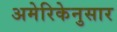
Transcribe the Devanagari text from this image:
अमेरिकेनुसार